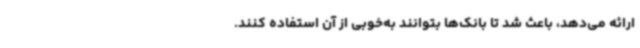
ارائه می‌دهد، باعث شد تا بانک‌ها بتوانند به‌خوبی از آن استفاده کنند.